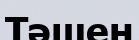
Тәшен